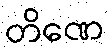
တိဏေ